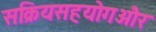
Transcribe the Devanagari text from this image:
सक्रियसहयोगऔर